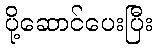
ပို့ဆောင်ပေးပြီး